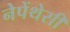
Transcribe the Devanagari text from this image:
नेपेंथेसी